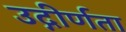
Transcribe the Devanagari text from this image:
उद्गीर्णता